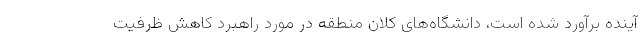
آینده برآورد شده است، دانشگاه‌های کلان منطقه در مورد راهبرد کاهش ظرفیت